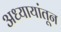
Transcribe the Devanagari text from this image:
अध्यायांतून